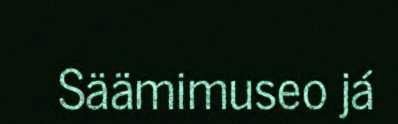
Säämimuseo já